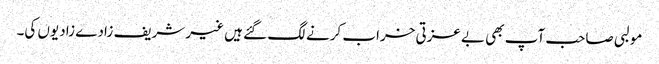
مولبی صاحب آپ بھی بے عزتی خراب کرنے لگ گئے ہیں غیر شریف زادے زادیوں کی۔